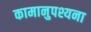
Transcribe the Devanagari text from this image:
कामानुपश्यना